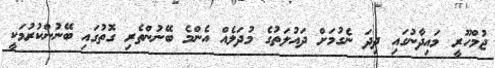
ޖުމްހޫރީ މައިދާނުގައި ދިދަ ނެގުމަށް ދައުލަތުގެ މުދަލެއް އެންމެ ބޭނުންތެރި ގޮތުގައި ބޭނުންކުރުމަކީ